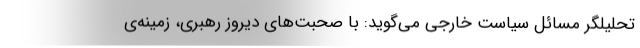
تحلیلگر مسائل سیاست خارجی می‌گوید: با صحبت‌های دیروز رهبری، زمینه‌ی